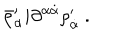
LaTeX: \bar { \rho } _ { \alpha } ^ { \prime } i \partial ^ { \alpha \dot { \alpha } } \rho _ { \dot { \alpha } } ^ { \prime } \ .